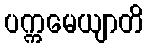
ပက္ကမေယျာတိ